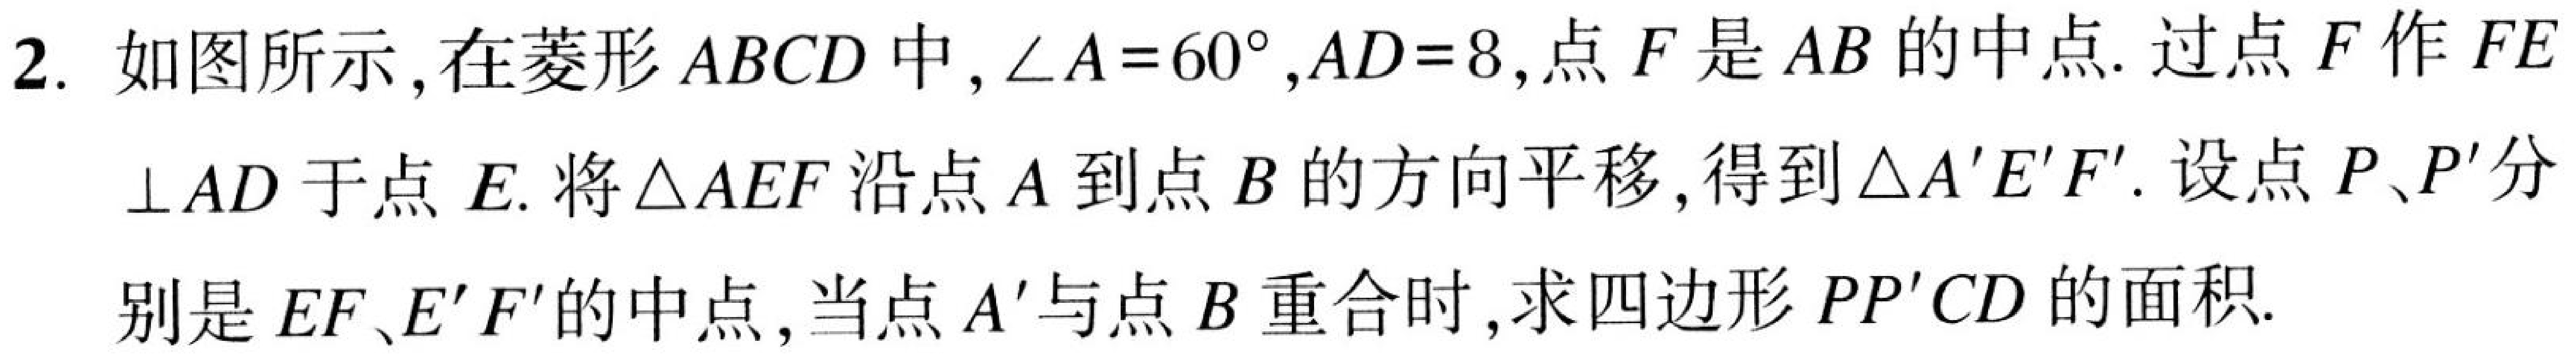
2. 如图所示,在菱形 \(ABCD\) 中,\(\angle A = 60^{\circ}\),\(AD = 8\),点 \(F\) 是 \(AB\) 的中点. 过点 \(F\) 作 \(FE\)
\(\perp AD\) 于点 \(E\). 将 \(\triangle AEF\) 沿点 \(A\) 到点 \(B\) 的方向平移,得到 \(\triangle A'E'F'\). 设点 \(P、P'\) 分
别是 \(EF、E'F'\) 的中点,当点 \(A'\) 与点 \(B\) 重合时,求四边形 \(PP'CD\) 的面积.